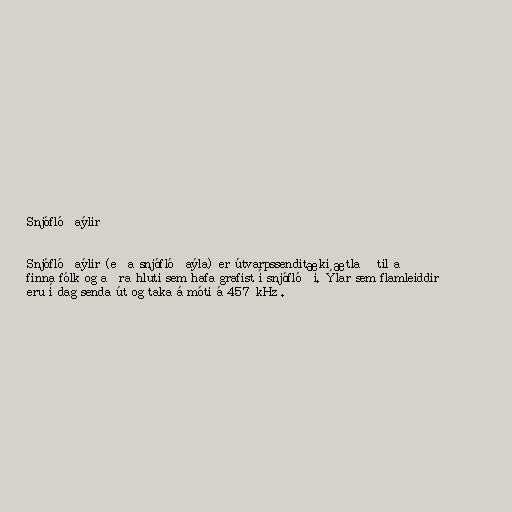
Snjóflóðaýlir

Snjóflóðaýlir (eða snjóflóðaýla) er útvarpssenditæki ætlað til að
finna fólk og aðra hluti sem hafa grafist í snjóflóði. Ýlar sem flamleiddir
eru í dag senda út og taka á móti á 457 kHz .